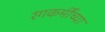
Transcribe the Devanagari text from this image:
रंगकर्मींच्या